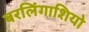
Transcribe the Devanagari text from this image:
बरलिंगाशियो